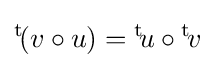
{}^{\text{t}}\!(v\circ u)={}^{\text{t}}\!u\circ {}^{\text{t}}\!v